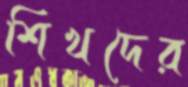
শিখদের